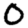
Digit: 0